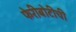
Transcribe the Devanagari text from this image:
फेरीबोटीची